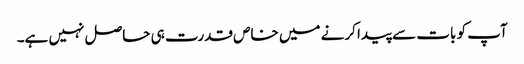
آپ کو بات سے پیدا کرنے میں خاص قدرت ہی حاصل نہیں ہے۔